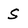
Character: S